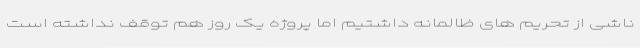
ناشی از تحریم های ظالمانه داشتیم اما پروژه یک روز هم توقف نداشته است